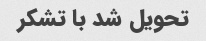
تحویل شد با تشکر